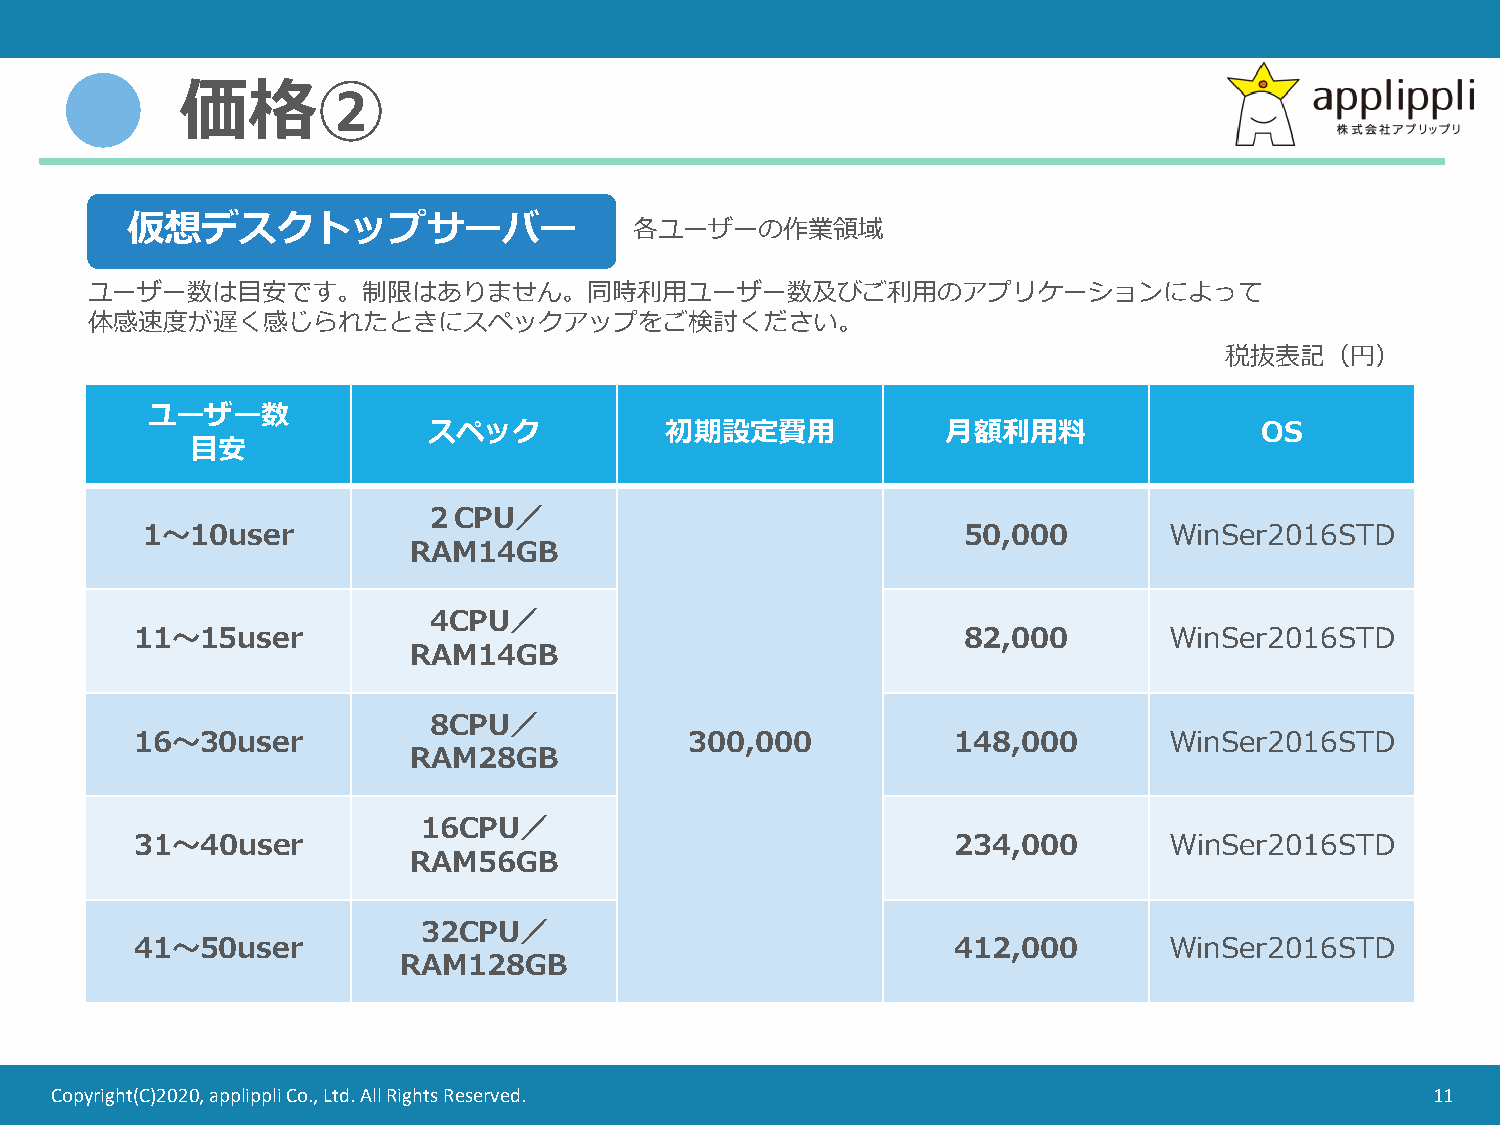
価格②
 仮想デスクトップサーバー
 各ユーザーの作業領域
 ユーザー数は目安です。制限はありません。同時利用ユーザー数及びご利用のアプリケーションによって
 体感速度が遅く感じられたときにスペックアップをご検討ください。
 税抜表記（円）
 ユーザー数
 スペック            初期設定費用             月額利用料               OS
 目安
 ２CPU／
 1～10user                                               50,000       WinSer2016STD
 RAM14GB
 4CPU／
 11～15user                                              82,000       WinSer2016STD
 RAM14GB
 8CPU／
 16～30user                            300,000          148,000       WinSer2016STD
 RAM28GB
 16CPU／
 31～40user                                             234,000       WinSer2016STD
 RAM56GB
 32CPU／
 41～50user                                             412,000       WinSer2016STD
 RAM128GB
 Copyright(C)2020, applippli Co., Ltd. All Rights Reserved.                                  11